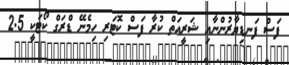
ފަސް ފަނޑިޔާރުންނާއި ޝަރީއަތް ކުރާ ފަސް ކޮޓަރި ހިމެނޭ ޑްރަގް ކޯޓަކީ 2.5